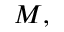
M ,